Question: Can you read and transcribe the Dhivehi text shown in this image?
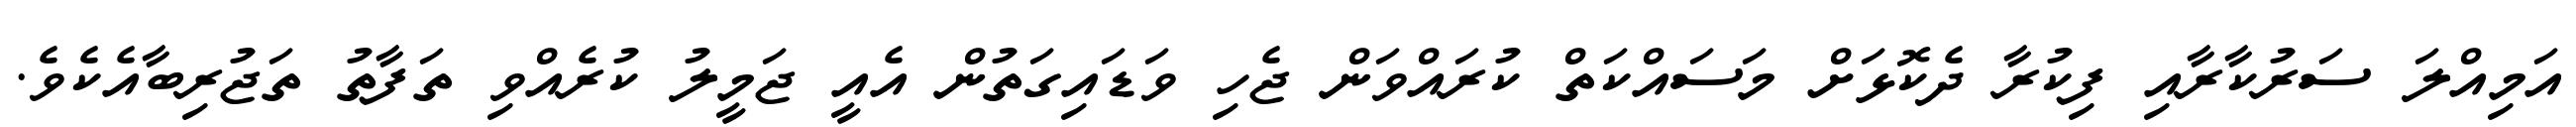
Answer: އަމިއްލަ ސަރުކާރާއި ފިކުރާ ދެކޮޅަށް މަސައްކަތް ކުރައްވަން ޖެހި ވަޑައިގަތުން އެއީ ޖަމީލު ކުރެއްވި ތަފާތު ތަޖުރިބާއެކެވެ.